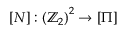
\left[ N \right] : \left( \mathbb { Z } _ { 2 } \right) ^ { 2 } \rightarrow \left[ \Pi \right]